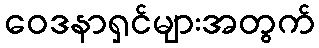
ဝေဒနာရှင်များအတွက်